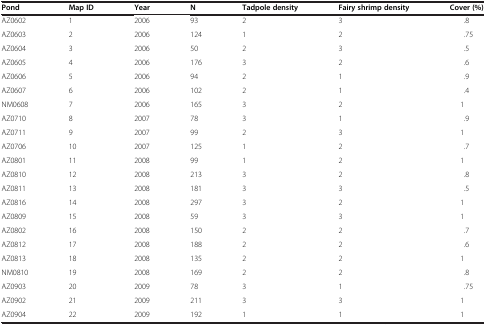
<table><thead><tr><td><b>Pond</b></td><td><b>Map ID</b></td><td><b>Year</b></td><td><b>N</b></td><td><b>Tadpole density</b></td><td><b>Fairy shrimp density</b></td><td><b>Cover (%)</b></td></tr></thead><tbody><tr><td>AZ0602</td><td>1</td><td>2006</td><td>93</td><td>2</td><td>3</td><td>.8</td></tr><tr><td>AZ0603</td><td>2</td><td>2006</td><td>124</td><td>1</td><td>2</td><td>.75</td></tr><tr><td>AZ0604</td><td>3</td><td>2006</td><td>50</td><td>2</td><td>3</td><td>.5</td></tr><tr><td>AZ0605</td><td>4</td><td>2006</td><td>176</td><td>3</td><td>2</td><td>.6</td></tr><tr><td>AZ0606</td><td>5</td><td>2006</td><td>94</td><td>2</td><td>1</td><td>.9</td></tr><tr><td>AZ0607</td><td>6</td><td>2006</td><td>102</td><td>2</td><td>1</td><td>.4</td></tr><tr><td>NM0608</td><td>7</td><td>2006</td><td>165</td><td>3</td><td>2</td><td>1</td></tr><tr><td>AZ0710</td><td>8</td><td>2007</td><td>78</td><td>3</td><td>1</td><td>.9</td></tr><tr><td>AZ0711</td><td>9</td><td>2007</td><td>99</td><td>2</td><td>3</td><td>1</td></tr><tr><td>AZ0706</td><td>10</td><td>2007</td><td>125</td><td>1</td><td>2</td><td>.7</td></tr><tr><td>AZ0801</td><td>11</td><td>2008</td><td>99</td><td>1</td><td>2</td><td>1</td></tr><tr><td>AZ0810</td><td>12</td><td>2008</td><td>213</td><td>3</td><td>2</td><td>.8</td></tr><tr><td>AZ0811</td><td>13</td><td>2008</td><td>181</td><td>3</td><td>3</td><td>.5</td></tr><tr><td>AZ0816</td><td>14</td><td>2008</td><td>297</td><td>3</td><td>2</td><td>1</td></tr><tr><td>AZ0809</td><td>15</td><td>2008</td><td>59</td><td>3</td><td>3</td><td>1</td></tr><tr><td>AZ0802</td><td>16</td><td>2008</td><td>150</td><td>2</td><td>2</td><td>.7</td></tr><tr><td>AZ0812</td><td>17</td><td>2008</td><td>188</td><td>2</td><td>2</td><td>.6</td></tr><tr><td>AZ0813</td><td>18</td><td>2008</td><td>135</td><td>2</td><td>2</td><td>1</td></tr><tr><td>NM0810</td><td>19</td><td>2008</td><td>169</td><td>2</td><td>2</td><td>.8</td></tr><tr><td>AZ0903</td><td>20</td><td>2009</td><td>78</td><td>3</td><td>1</td><td>.75</td></tr><tr><td>AZ0902</td><td>21</td><td>2009</td><td>211</td><td>3</td><td>3</td><td>1</td></tr><tr><td>AZ0904</td><td>22</td><td>2009</td><td>192</td><td>1</td><td>1</td><td>1</td></tr></tbody></table>